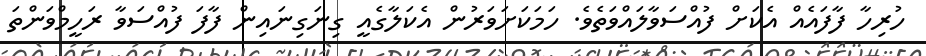
ހުރިހާ ފާފައެއް އެކަށް ފުއްސަވާލައްވަތެވެ. ހަމަކަށަވަރުން އެކަލާގެއީ ގިނަގިނައިން ފާފަ ފުއްސަވާ ރަހީމްވަންތަ